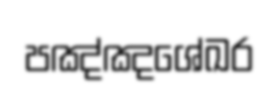
පඤ්ඤශේඛර